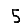
Digit: 5